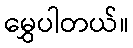
မွှေပါတယ်။